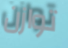
توازن